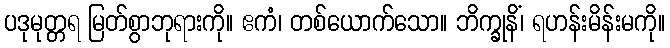
ပဒုမုတ္တရ မြတ်စွာဘုရားကို။ ဧကံ၊ တစ်ယောက်သော။ ဘိက္ခုနိံ၊ ရဟန်းမိန်းမကို။